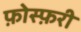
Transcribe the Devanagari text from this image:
फ़ोस्फ़री